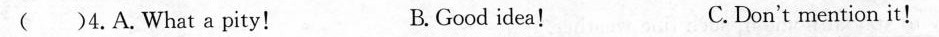
( )4.A.What a pity! B. Good idea! C. Don't mention it!